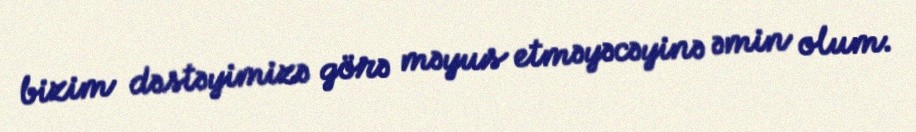
bizim dəstəyimizə görə məyus etməyəcəyinə əmin olum.